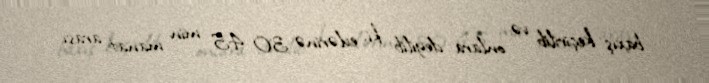
baxış keçirilib və onlara deyilib ki, evlərinə 30-45 min manat arası